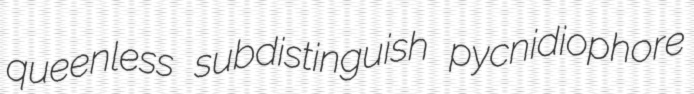
queenless subdistinguish pycnidiophore